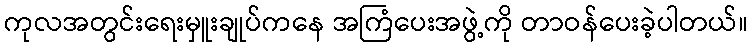
ကုလအတွင်းရေးမှူးချုပ်ကနေ အကြံပေးအဖွဲ့ကို တာဝန်ပေးခဲ့ပါတယ်။